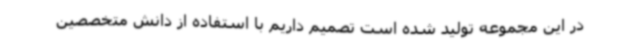
در این مجموعه تولید شده است تصمیم داریم با استفاده از دانش متخصصین